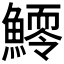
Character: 𩻆